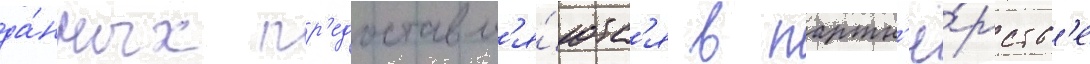
да́нных пр'едоставл'я́ютс'я в партн'ё́рств'е